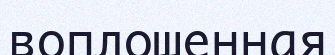
воплощенная